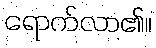
ရောက်လာ၏။